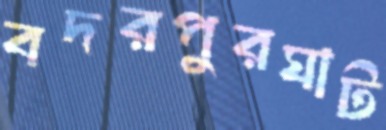
বদরপুরঘাট